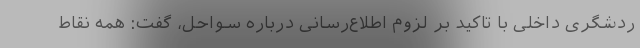
ردشگری داخلی با تاکید بر لزوم اطلاع‌رسانی درباره سواحل، گفت: همه نقاط